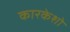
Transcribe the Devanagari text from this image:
कारकेशो